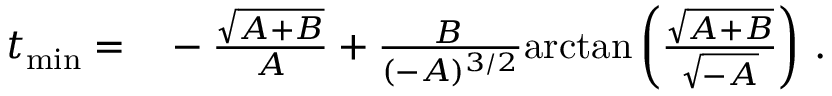
\begin{array} { r l } { t _ { \mathrm { m i n } } = } & { { } - \frac { \sqrt { A + B } } { A } + \frac { B \, } { ( - A ) ^ { 3 / 2 } } \mathrm { a r c t a n } \left( \frac { \sqrt { A + B } } { \sqrt { - A } } \right) \, . } \end{array}